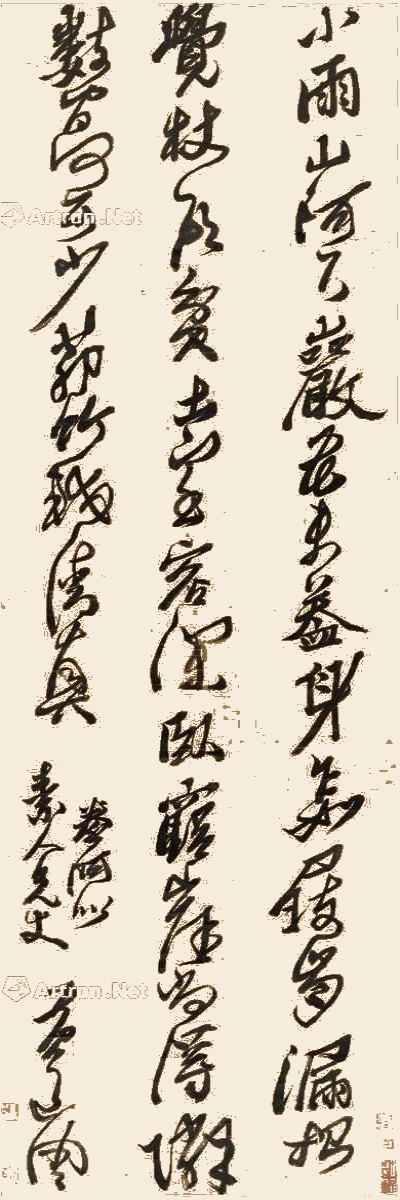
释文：小雨山阿下，岩花未盖身。乍如屐齿漏，始觉杖头贫。土室容深卧，穷崖尚得邻。数间何可少，茆竹较清真。拳阿。似素人兄丈，黄道周。